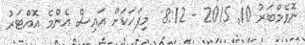
ނޮވެމްބަރު 10